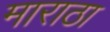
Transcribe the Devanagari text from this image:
माराठा